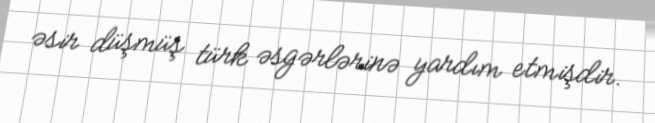
əsir düşmüş türk əsgərlərinə yardım etmişdir.